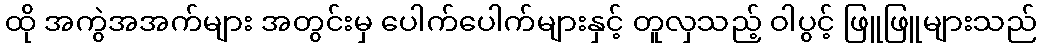
ထို အကွဲအအက်များ အတွင်းမှ ပေါက်ပေါက်များနှင့် တူလှသည့် ဝါပွင့် ဖြူဖြူများသည်